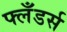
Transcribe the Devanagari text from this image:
फ्लँडर्स